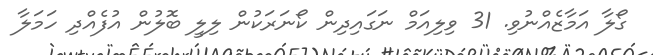
ގޯލާ އަމާޒެއްނުވި. 31 ވިލިއަމް ނަގައިދިން ކޯނަރަކުން ލިލީ ބޮލުން އުފެއްދި ހަމަލާ